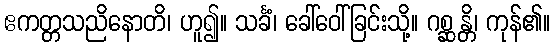
ဧကတ္တသညိနောတိ၊ ဟူ၍။ သင်္ခံ၊ ခေါ်ဝေါ်ခြင်းသို့။ ဂစ္ဆန္တိ၊ ကုန်၏။